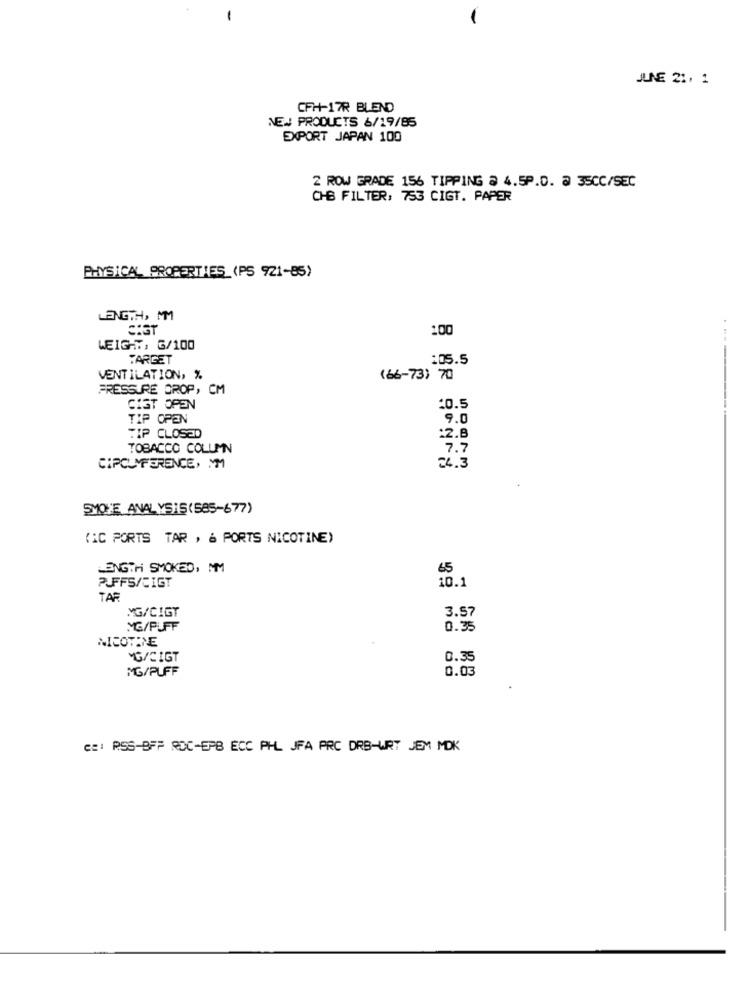
JUNE 21, 1
CFH-17R BLEND
NEW PRODUCTS 6/19/85
EXPORT JAPAN 100
2 ROW GRADE 156 TIPPING @ 4.5P.D. @ 35CC/SEC
CHB FILTER, 753 CIGT. PAPER
PHYSICAL PROPERTIES (PS 921-85)
LENGTH, MM
100
WEIGHT, G/100
TARGET
:05.5
VENTILATION, %
(66-73) 70
PRESSURE DROP, CM
CIGT OPEN
:0.5
-------.
TIP OPEN
9.0
TIP CLOSED
:2.8
TOBACCO COLUMN
7.7
CIRCUMFERENCE, I'M
24.3
SMOTE ANALYSIS(585-677)
(IC PORTS TAR , 6 PORTS NICOTINE)
LENGTH SMOKED, MM
65
10.1
PUFFS/CIGT
TAR
3.57
MG/CIGT
MG/PUFF
0.35
NICOTINE
MG/CIGT
0.35
MG/PUFF
0.03
ce: RSS-BFF ROC-EPB ECC PHL JFA PRC DRB-WRT JEM MOK